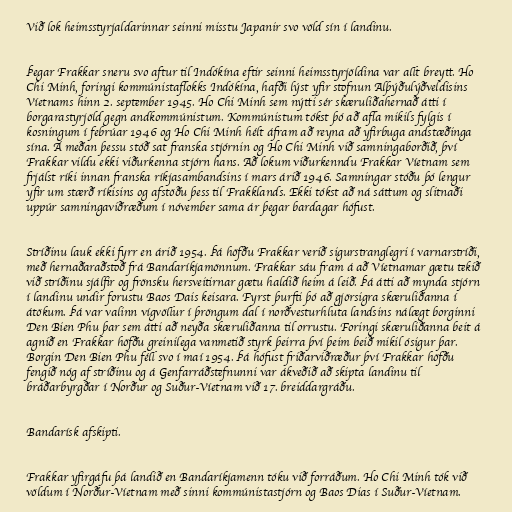
Við lok heimsstyrjaldarinnar seinni misstu Japanir svo völd sín í landinu.

Þegar Frakkar sneru svo aftur til Indókína eftir seinni heimsstyrjöldina var allt breytt. Ho
Chi Minh, foringi kommúnistaflokks Indókína, hafði lýst yfir stofnun Alþýðulýðveldisins
Víetnams hinn 2. september 1945. Ho Chi Minh sem nýtti sér skæruliðahernað átti í
borgarastyrjöld gegn andkommúnistum. Kommúnistum tókst þó að afla mikils fylgis í
kosningum í febrúar 1946 og Ho Chi Minh hélt áfram að reyna að yfirbuga andstæðinga
sína. Á meðan þessu stóð sat franska stjórnin og Ho Chi Minh við samningaborðið, því
Frakkar vildu ekki viðurkenna stjórn hans. Að lokum viðurkenndu Frakkar Víetnam sem
frjálst ríki innan franska ríkjasambandsins í mars árið 1946. Samningar stóðu þó lengur
yfir um stærð ríkisins og afstöðu þess til Frakklands. Ekki tókst að ná sáttum og slitnaði
uppúr samningaviðræðum í nóvember sama ár þegar bardagar hófust.

Stríðinu lauk ekki fyrr en árið 1954. Þá höfðu Frakkar verið sigurstranglegri í varnarstríði,
með hernaðaraðstoð frá Bandaríkjamönnum. Frakkar sáu fram á að Víetnamar gætu tekið
við stríðinu sjálfir og frönsku hersveitirnar gætu haldið heim á leið. Þá átti að mynda stjórn
í landinu undir forustu Baos Dais keisara. Fyrst þurfti þó að gjörsigra skæruliðanna í
átökum. Þá var valinn vígvöllur í þröngum dal í norðvesturhluta landsins nálægt borginni
Den Bien Phu þar sem átti að neyða skæruliðanna til orrustu. Foringi skæruliðanna beit á
agnið en Frakkar höfðu greinilega vanmetið styrk þeirra því þeim beið mikil ósigur þar.
Borgin Den Bien Phu féll svo í maí 1954. Þá hófust friðarviðræður því Frakkar höfðu
fengið nóg af stríðinu og á Genfarráðstefnunni var ákveðið að skipta landinu til
bráðarbyrgðar í Norður og Suður-Víetnam við 17. breiddargráðu.

Bandarísk afskipti.

Frakkar yfirgáfu þá landið en Bandaríkjamenn tóku við forráðum. Ho Chi Minh tók við
völdum í Norður-Víetnam með sinni kommúnistastjórn og Baos Dias í Suður-Víetnam.